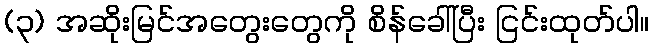
(၃) အဆိုးမြင်အတွေးတွေကို စိန်ခေါ်ပြီး ငြင်းထုတ်ပါ။